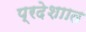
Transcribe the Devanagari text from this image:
प्रदेशाात